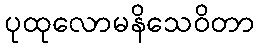
ပုထုလောမနိသေဝိတာ